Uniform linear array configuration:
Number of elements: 24
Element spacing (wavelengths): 0.75
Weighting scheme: binomial
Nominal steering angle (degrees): -60
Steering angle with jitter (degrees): -59.953
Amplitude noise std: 0.05
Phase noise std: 0.05

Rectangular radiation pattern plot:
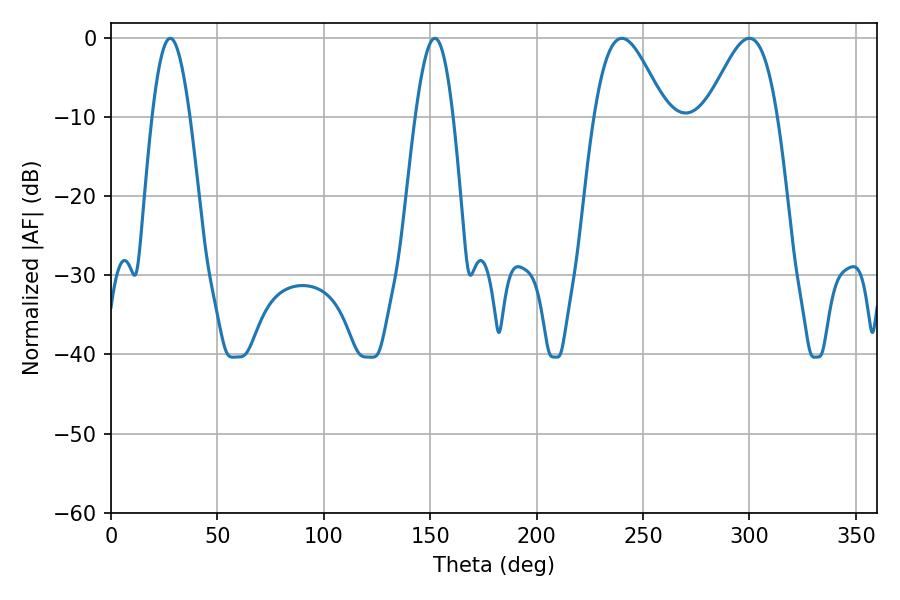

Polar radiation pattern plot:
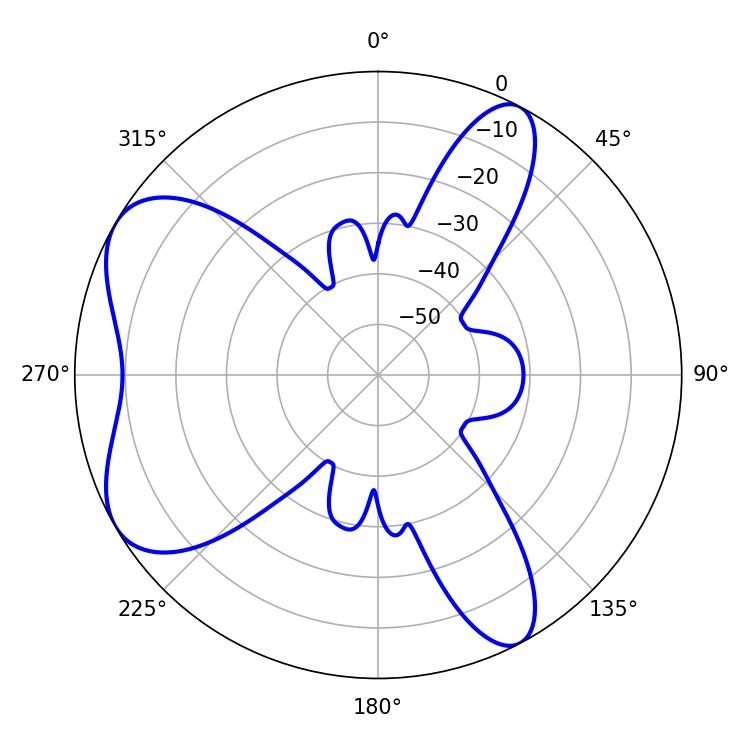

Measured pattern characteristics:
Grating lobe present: TRUE
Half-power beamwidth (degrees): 17.82
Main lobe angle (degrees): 240.12